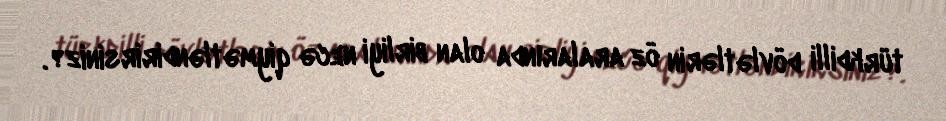
türkdilli dövlətlərin öz aralarında olan birliyi necə qiymətləndirirsiniz?.